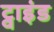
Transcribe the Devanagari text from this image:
ट्वाइंड